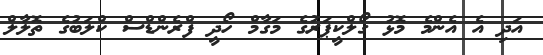
އަދި އެ އެންމެ މޮޅު ގޯލްކީޕަރުގެ މަގާމް ހޯދީ ފްރެންޑްސް ކްލަބުގެ ތޮލާލް